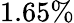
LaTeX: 1.65\%